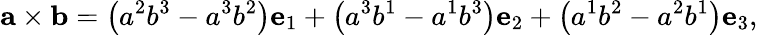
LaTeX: \mathbf{a}\times\mathbf{b}=\left(a^{2}b^{3}-a^{3}b^{2}\right)\mathbf{e}_{1}+\left(a^{3}b^{1}-a^{1}b^{3}\right)\mathbf{e}_{2}+\left(a^{1}b^{2}-a^{2}b^{1}\right)\mathbf{e}_{3},